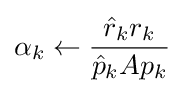
\alpha _{k}\leftarrow {{\hat {r}}_{k}r_{k} \over {\hat {p}}_{k}Ap_{k}}